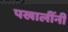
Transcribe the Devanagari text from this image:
पखालींनी